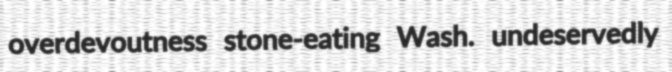
overdevoutness stone-eating Wash. undeservedly